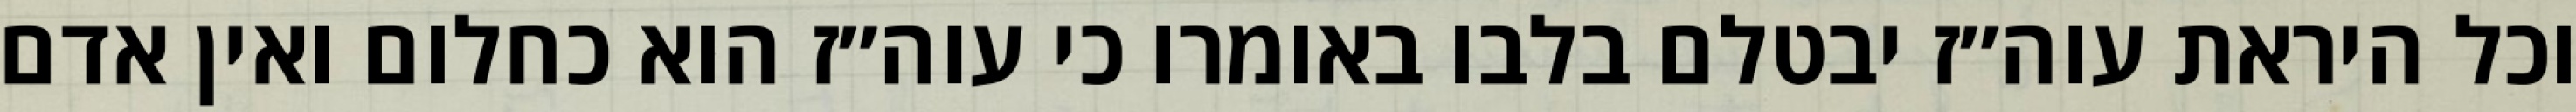
וכל היראת עוה״ז יבטלם בלבו באומרו כי עוה״ז הוא כחלום ואין אדם